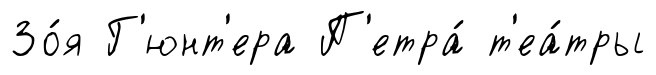
Зо́я Г'юнт'ера П'етра́ т'еа́тры